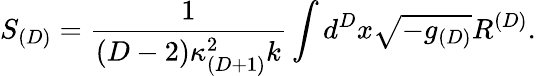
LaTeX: S_{(D)}=\frac{1}{(D-2)\kappa_{(D+1)}^{2}k}\int d^{D}x\sqrt{-g_{(D)}}R^{(D)}.